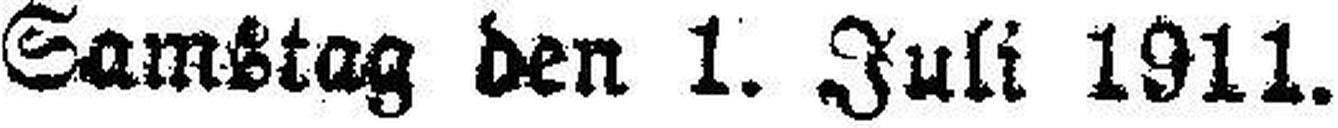
Samstag den 1. Juli 1911.